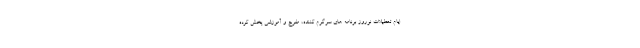
ایام تعطیلات نوروز برنامه های سرگرم کننده، مفرح و آموزشی پخش کرده